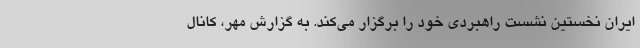
ایران نخستین نشست راهبردی خود را برگزار می‌کند. به گزارش مهر، کانال